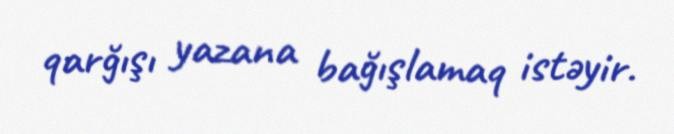
qarğışı yazana bağışlamaq istəyir.